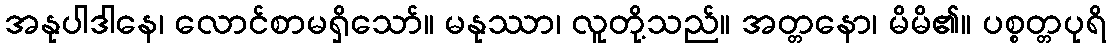
အနုပါဒါနေ၊ လောင်စာမရှိသော်။ မနုဿာ၊ လူတို့သည်။ အတ္တနော၊ မိမိ၏။ ပစ္စတ္တပုရိ